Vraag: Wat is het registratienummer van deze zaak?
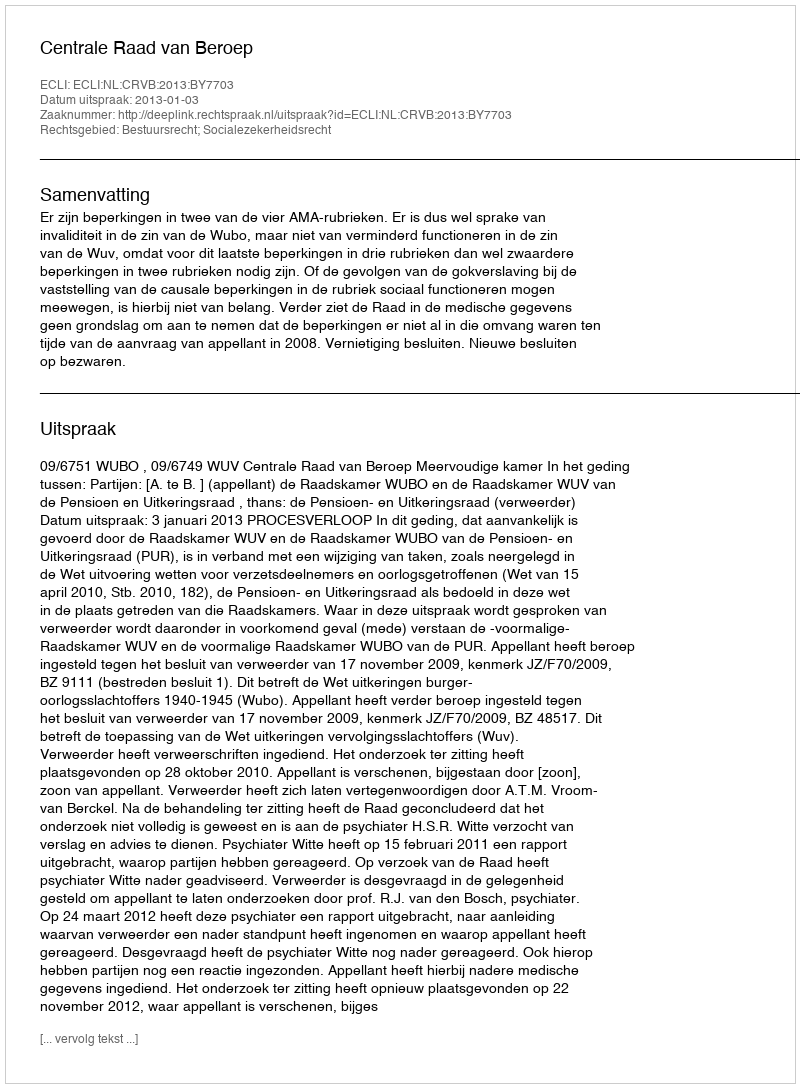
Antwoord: http://deeplink.rechtspraak.nl/uitspraak?id=ECLI:NL:CRVB:2013:BY7703